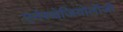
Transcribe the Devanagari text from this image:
एनेस्थेजियोलॉजी